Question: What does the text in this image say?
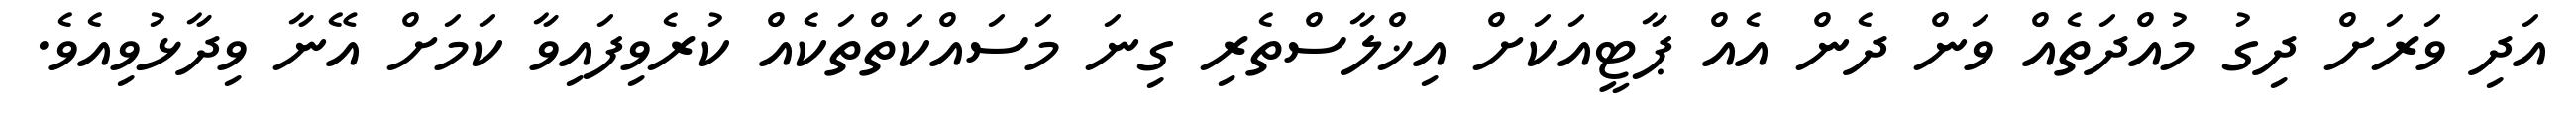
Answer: އަދި ވަރަށް ދިގު މުއްދަތެއް ވަން ދެން އެއް ޕާޓީއަކަށް އިޚްލާސްތެރި ގިނަ މަސައްކަތްތަކެއް ކުރެވިފައިވާ ކަމަށް އޭނާ ވިދާޅުވިއެވެ.